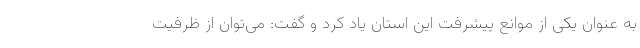
به عنوان یکی از موانع پیشرفت این استان یاد کرد و گفت: می‌توان از ظرفیت